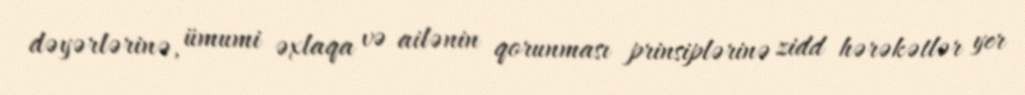
dəyərlərinə, ümumi əxlaqa və ailənin qorunması prinsiplərinə zidd hərəkətlər yer